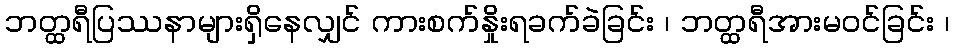
ဘတ္ထရီပြဿနာများရှိနေလျှင် ကားစက်နှိုးရခက်ခဲခြင်း ၊ ဘတ္ထရီအားမဝင်ခြင်း ၊